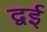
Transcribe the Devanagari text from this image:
द्वई